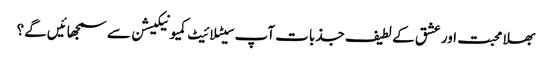
بھلا محبت اور عشق کے لطیف جذبات آپ سیٹلائیٹ کمیونیکیشن سے سمجھائیں گے؟